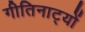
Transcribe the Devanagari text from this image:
गीतिनाट्यों